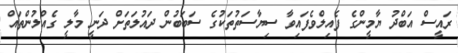
ރައީސް އަބްދު ޔާމީންގެ ފެއިލްވެފައިވާ ސިޔާސަތުތަކުގެ ސަބަބުން ދައުލަތަށް ދަނީ މާލީ ގެއްލުންތައް